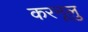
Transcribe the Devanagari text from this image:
करनूलु